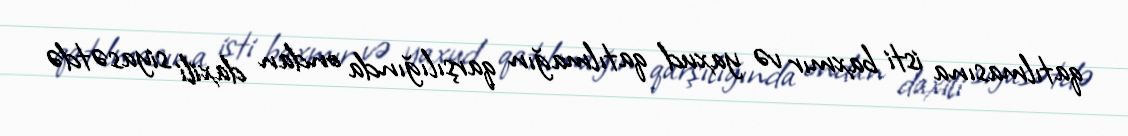
qatılmasına isti baxmır və yaxud qatılmağın qarşılığında ondan daxili siyasətdə